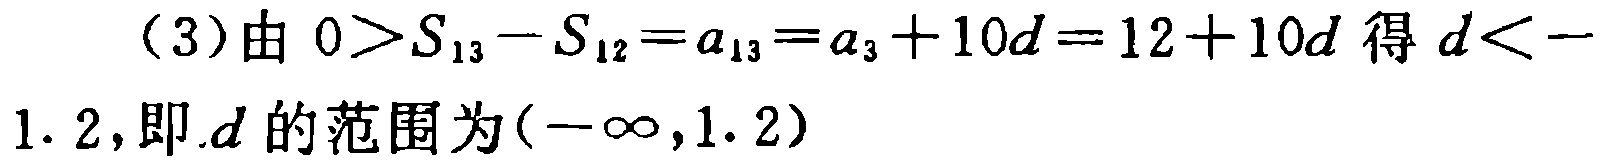
（3）由 \(0>S_{13}-S_{12}=a_{13}=a_{3}+10d = 12 + 10d\) 得 \(d < -1.2\)，即 \(d\) 的范围为 \((-\infty,1.2)\)